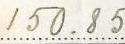
150.85